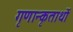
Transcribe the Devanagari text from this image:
गृणान्कृतार्थो